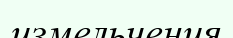
измельчения